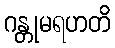
ဂန္တုမရဟတိ